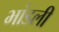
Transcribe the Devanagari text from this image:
भांडली